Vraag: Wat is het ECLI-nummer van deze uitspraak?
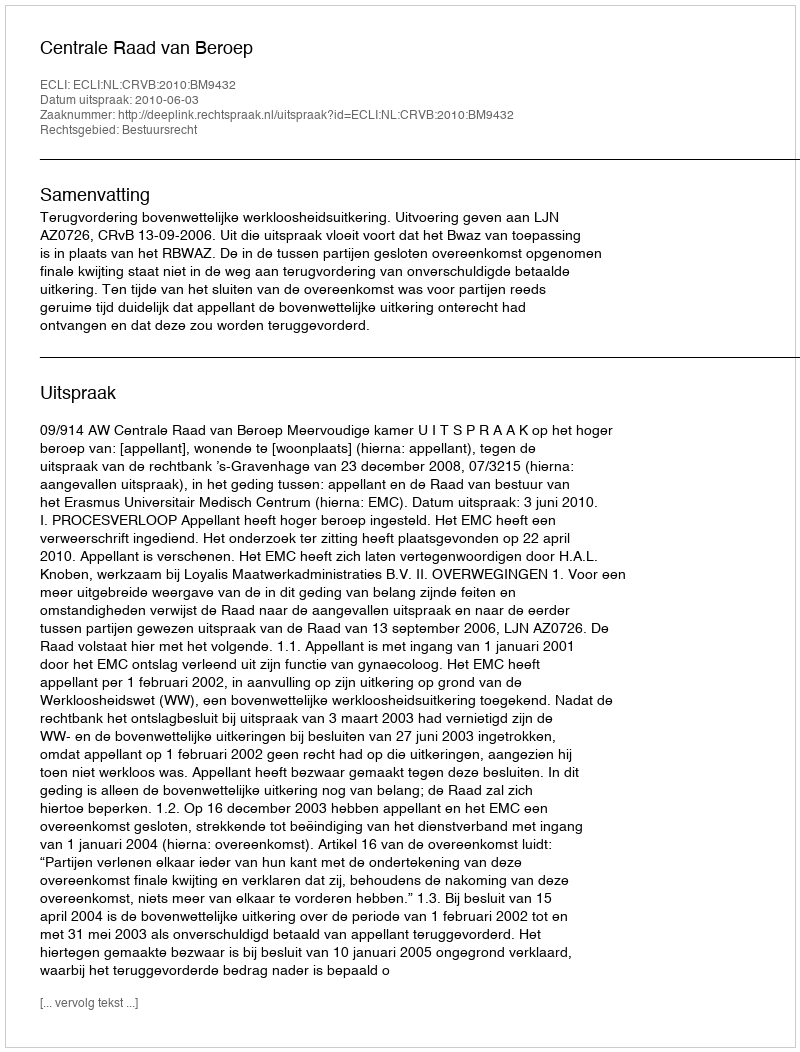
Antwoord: ECLI:NL:CRVB:2010:BM9432